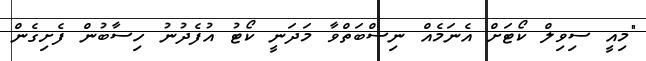
"މިއީ ސިވިލް ކޯޓަށް އެނަމެއް ނިސްބަތްވާ މަދަނީ ކޯޓު އުފެދުނު ހިސާބުން ފެށިގެން